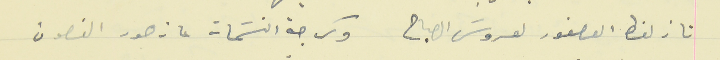
تا زلغط العصفور لعروسَ الصباح                                  وكرجة النسَمات عا زهور الغصون